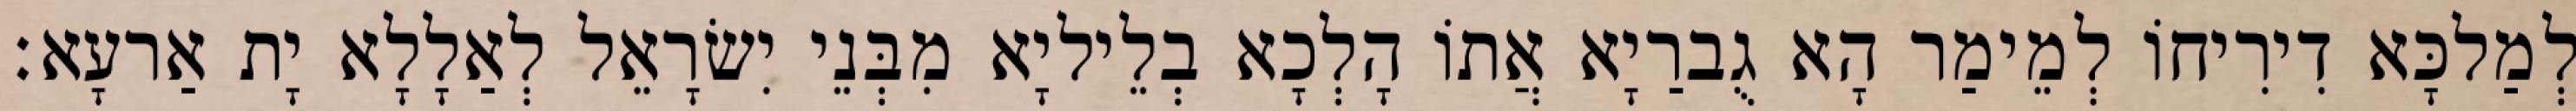
לְמַלכָּא דִירִיחוֹ לְמֵימַר הָא גֻברַיָא אֲתוֹ הָלְכָא בְלֵיליָא מִבְּנֵי יִשׂרָאֵל לְאַלָלָא יָת אַרעָא׃